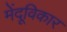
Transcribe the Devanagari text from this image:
मेंदूविकार